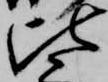
比